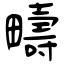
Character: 疇